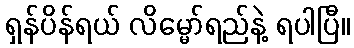
ရှန်ပိန်ရယ် လိမ္မော်ရည်နဲ့ ရပါပြီ။